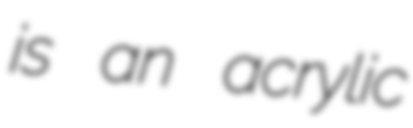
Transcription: is an acrylic